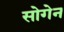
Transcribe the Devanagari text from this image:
सोगेन